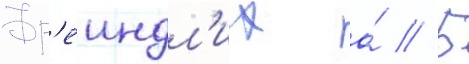
Фр'еиндл'их а́ // Б